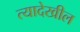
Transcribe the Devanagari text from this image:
त्यादेखील